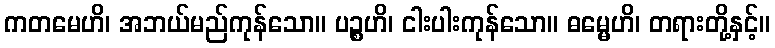
ကတမေဟိ၊ အဘယ်မည်ကုန်သော။ ပဉ္စဟိ၊ ငါးပါးကုန်သော။ ဓမ္မေဟိ၊ တရားတို့နှင့်။